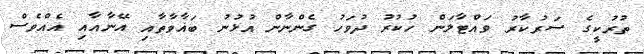
ތުރުކީގެ ސަރުކާރު ވައްޓާލަން ހުކުރު ދުވަހު ގެންނާން އުޅުނު ބަޣާވާތާއި އޭނާއާއި އެއްވެސް